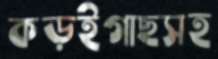
কড়ইগাছসহ